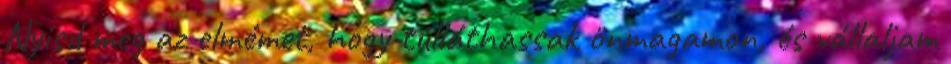
Nyisd meg az elmémet, hogy túlláthassak önmagamon, és vállaljam